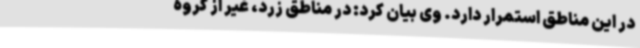
در این مناطق استمرار دارد. وی بیان کرد: در مناطق زرد، غیر از گروه